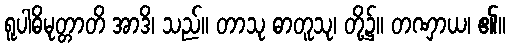
ရူပါဓိမုတ္တာတိ အာဒိ၊ သည်။ တာသု ဓာတူသု၊ တို့၌။ တဏှာယ၊ ၏။